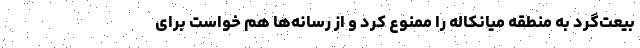
بیعت‌گرد به منطقه میانکاله را ممنوع کرد و از رسانه‌ها هم خواست برای